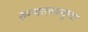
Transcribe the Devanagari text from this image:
रुग्णालयसुध्दा